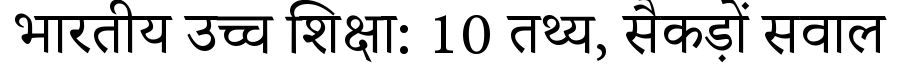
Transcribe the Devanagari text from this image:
भारतीय उच्च शिक्षा: 10 तथ्य, सैकड़ों सवाल